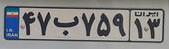
۴۷ب۷۵۹۱۳